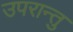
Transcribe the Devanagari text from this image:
उपरान्तु